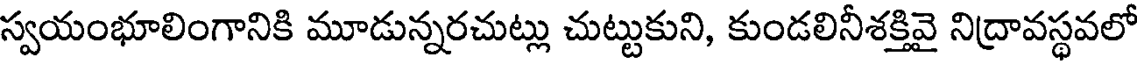
స్వయంభూలింగానికి మూడున్నరచుట్లు చుట్టుకుని, కుండలినీశక్తివై నిద్రావస్థవలో